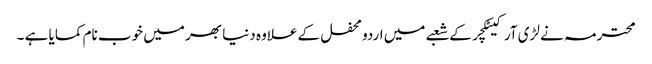
محترمہ نے لڑی آرکیٹکچر کے شعبے میں اردو محفل کے علاوہ دنیا بھر میں خوب نام کمایا ہے ۔